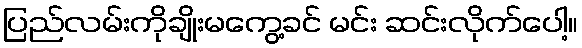
ပြည်လမ်းကိုချိုးမကွေ့ခင် မင်း ဆင်းလိုက်ပေါ့။